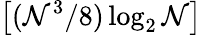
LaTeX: \left[(\mathcal{N}^{3}/8)\log_{2}\mathcal{N}\right]